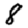
Digit: 8